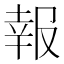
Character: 報